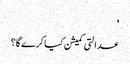
'
عدالتی کمیشن کیا کرے گا؟